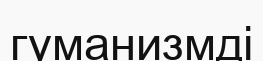
гуманизмді